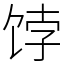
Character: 饽